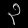
Digit: ၃